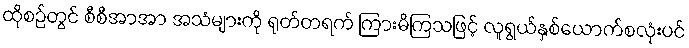
ထိုစဉ်တွင် စီစီအာအာ အသံများကို ရုတ်တရက် ကြားမိကြသဖြင့် လူရွယ်နှစ်ယောက်စလုံးပင်